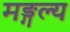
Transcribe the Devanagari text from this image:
मङ्गल्य